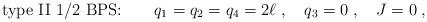
LaTeX: \begin{align*}\mbox{type II 1/2 BPS:} \qquad q_1=q_2=q_4 = 2\ell\;, \quad q_3=0\;, \quad J=0\;,\end{align*}